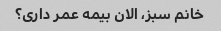
خانم سبز، الان بیمه عمر داری؟